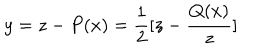
LaTeX: y = z - P ( x ) = \frac { 1 } { 2 } [ z - \frac { Q ( x ) } { z } ]